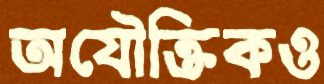
অযৌক্তিকও